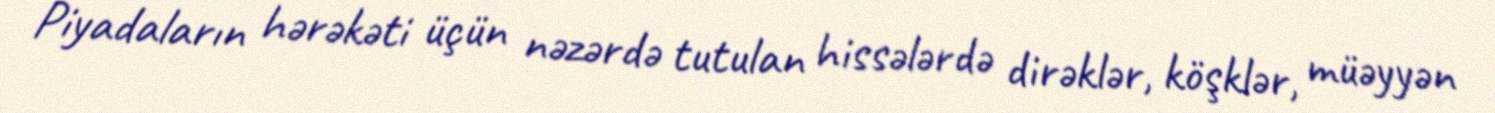
Piyadaların hərəkəti üçün nəzərdə tutulan hissələrdə dirəklər, köşklər, müəyyən